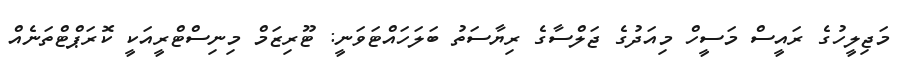
މަޖިލީހުގެ ރައީސް މަސީހް މިއަދުގެ ޖަލްސާގެ ރިޔާސަތު ބަލަހައްޓަވަނީ: ޓޫރިޒަމް މިނިސްޓްރީއަކީ ކޮރަޕްޓްތަނެއް